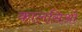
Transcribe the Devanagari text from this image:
कालसिओ